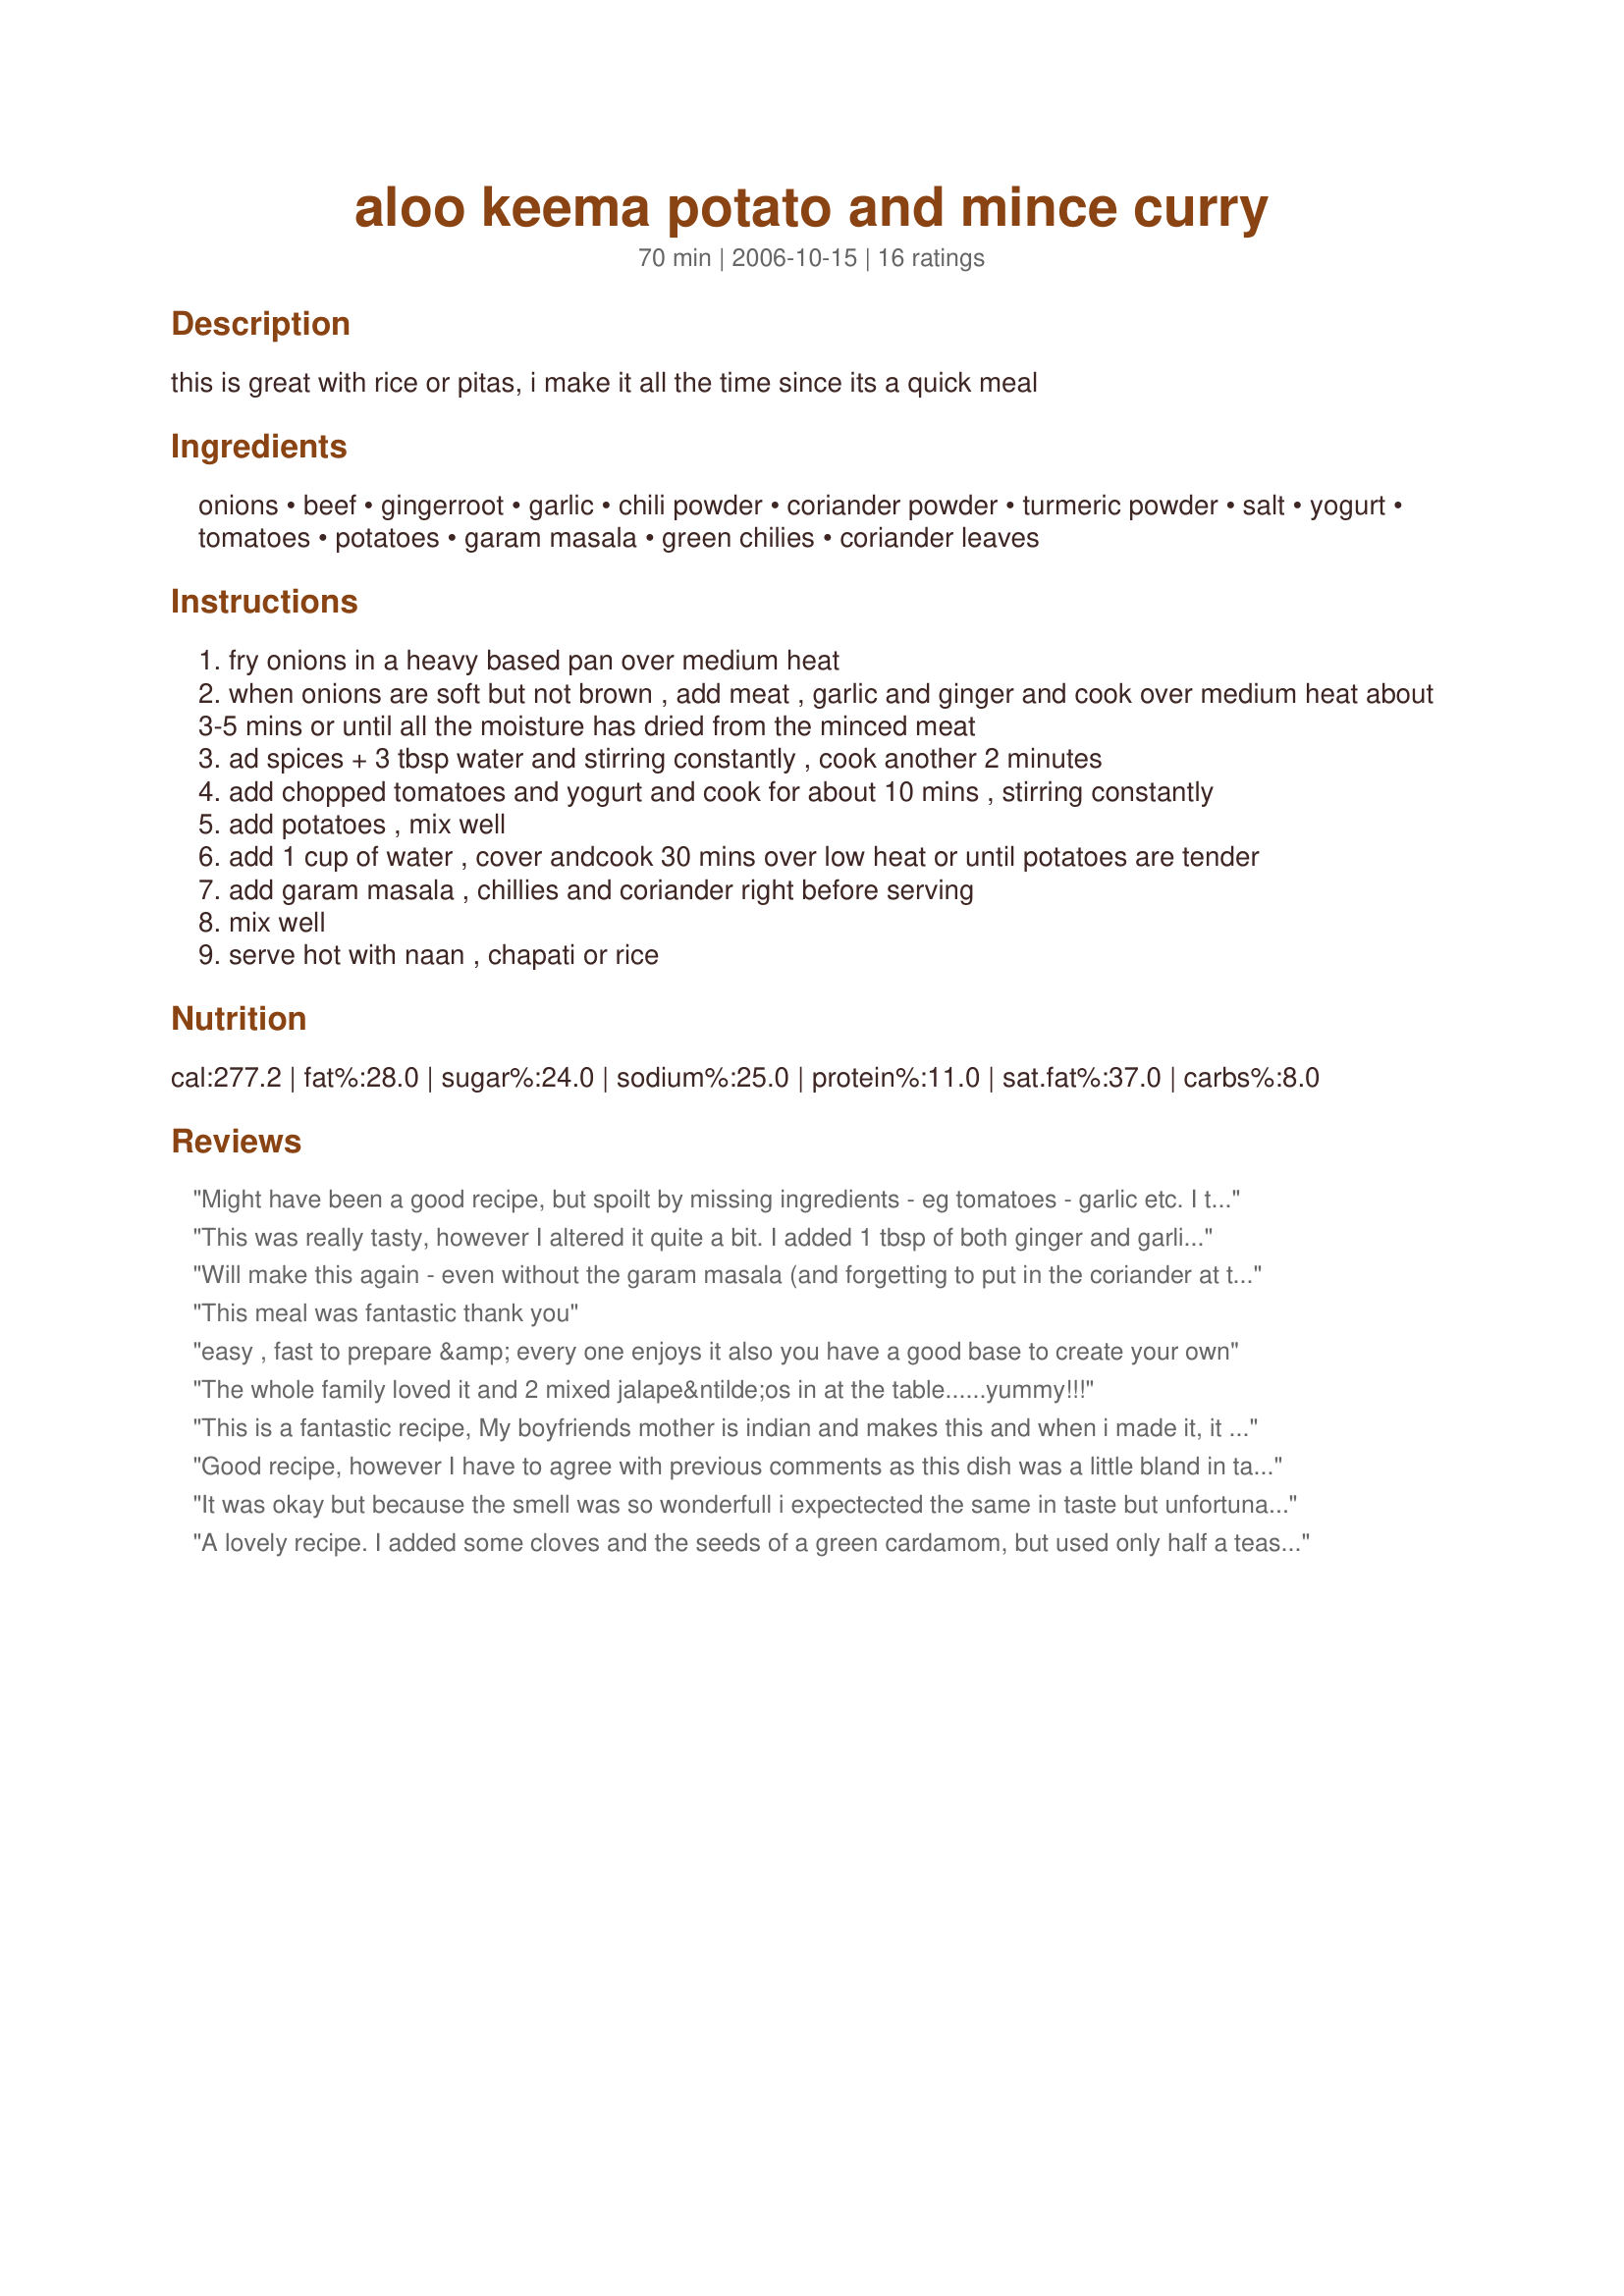
aloo keema potato and mince curry
Preparation time: 70 minutes

this is great with rice or pitas, i make it all the time since its a quick meal

Ingredients:
onions, beef, gingerroot, garlic, chili powder, coriander powder, turmeric powder, salt, yogurt, tomatoes, potatoes, garam masala, green chilies, coriander leaves

Steps:
fry onions in a heavy based pan over medium heat
when onions are soft but not brown , add meat , garlic and ginger and cook over medium heat about 3-5 mins or until all the moisture has dried from the minced meat
ad spices + 3 tbsp water and stirring constantly , cook another 2 minutes
add chopped tomatoes and yogurt and cook for about 10 mins , stirring constantly
add potatoes , mix well
add 1 cup of water , cover andcook 30 mins over low heat or until potatoes are tender
add garam masala , chillies and coriander right before serving
mix well
serve hot with naan , chapati or rice

Reviews:
Might have been a good recipe, but spoilt by missing ingredients - eg tomatoes - garlic etc.

I tried it today and was thoroughly disappointed.

NH
This was really tasty, however I altered it quite a bit. I added 1 tbsp of both ginger and garlic instead of 1 tsp, added peas, used half tinned tomatoes and some tomato paste like previous commenter, only added half the water, added 2 tsp of cardamon, and increased the other spices. Served with tumeric rice and it was delicious. Would be a little bland if I hadn't oomphed up the spices.
Will make this again - even without the garam masala (and forgetting to put in the coriander at the end), it was delicious.
This meal was fantastic thank you
easy , fast to prepare &amp; every one enjoys it also you have a good base to create your own
The whole family loved it and 2 mixed jalape&ntilde;os in at the table......yummy!!!
This is a fantastic recipe, My boyfriends mother is indian and makes this and when i made it, it tasted exactly the same! I make it at least once a wk as its so tasty!
Good recipe, however I have to agree with previous comments as this dish was a little bland in taste (smelled great though!). Next time, put a little bit more salt :)
It was okay but because the smell was so wonderfull i expectected the same in taste but unfortunately the flavour was a bit bland.. I don't know what i did wrong.. Maybe too much water?? I had to omit the chilis because of my two small children so that is probably part of the 'problem'. I will try to make it again soon with some small adjustments, thank you for this recipe!! EDIT: Now i have made it again with adjustments and it tastes much better, added more spices, a can of tomato in stead of fresh, a tablespoon tomate puree and a small pinch of sugar. I added the yoghurt in the end when it was done cooking, tasted great now!
A lovely recipe. I added some cloves and the seeds of a green cardamom, but used only half a teaspoon of turmeric. We had it with chapatis and homemade lemon pickle, and had a very enjoyable meal.
This was a great recipe. I only used half a box of tomatoes and added tomato paste. Maybe by par boiling the potatoes the cooking time could be reduced.
I made according to this recipe.. It is yummy .. Good recipe.. :)
So nicely cooked keema &amp; potatoes
I made a half recipe of this, but I did use a bit more ginger and garlic than suggested. I also added in some peas at the end but otherwise followed your recipe. I reckon a teaspoon or two of regular curry powder would lift the flavour of this a notch. Thanks for posting.
This turned out great! The taste and aroma of spices was not at all overwhelming and eventually ingredient had remained its flavor unlike most Pakistani or Indian recipes where spices take over the flavors of protein and rest of the ingredient. Thumbs up for The Who came up with the recipe!
It wasn't the best aloo keema, but it was a good effort. I had a few problems with it, for example who puts tomatoes in aloo keema? It just doesn't make sense. This is coming from a Pakistani that has lived in Pakistan for his whole life. Sorry to tell you, BUT THIS RECIPE IS TRASH, YOU NEED TO FIX IT BEFORE YOU POISON SOMEONE! Just some advice ;)
